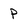
Character: p